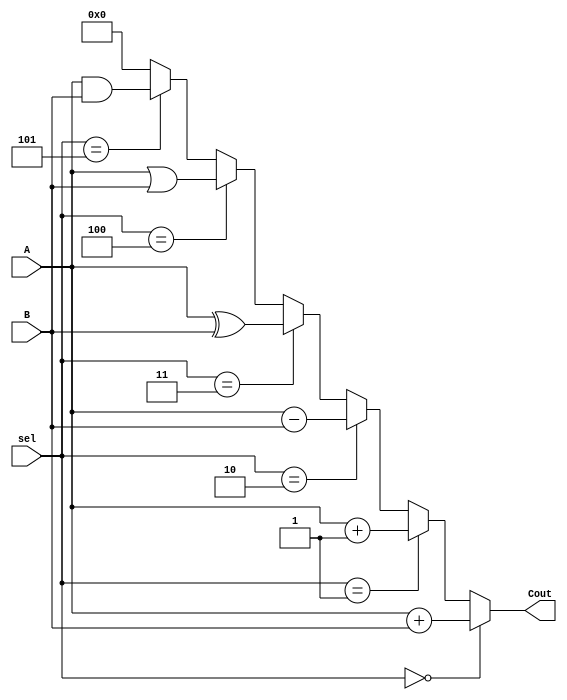
`timescale 1ns / 1ps
//////////////////////////////////////////////////////////////////////////////////
// Company: 
// Engineer: 
// 
// Design Name: 
// Module Name: mux
// Project Name: 
// Target Devices: 
// Tool Versions: 
// Description: 
// 
// Dependencies: 
// 
// Revision:
// Revision 0.01 - File Created
// Additional Comments:
// 
//////////////////////////////////////////////////////////////////////////////////


module mux(
input [7:0] A,
input [7:0] B,
input [2:0] sel,
output [7:0] Cout
    );
    reg [7:0] tmp;
    
always @ (sel)
begin 
      if (sel==3'b000)
          tmp <= A+B;
            
       else if (sel==3'b001)
            tmp <= A+1;
            
        else if (sel ==3'b010)
            tmp <= A-B;
            
         else if (sel == 3'b011)
            tmp <= A^B;
            
         else if (sel == 3'b100)
            tmp <= A|B;
            
         else if (sel == 3'b101)
            tmp <= A&B;
         
         else tmp<=8'b0;
end 
assign Cout=tmp;
endmodule